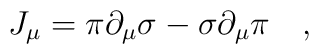
J_{\mu}=\pi\partial_{\mu}\sigma-\sigma\partial_{\mu}\pi\quad,